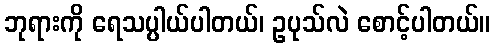
ဘုရားကို ရေသပ္ပါယ်ပါတယ်၊ ဥပုသ်လဲ စောင့်ပါတယ်။